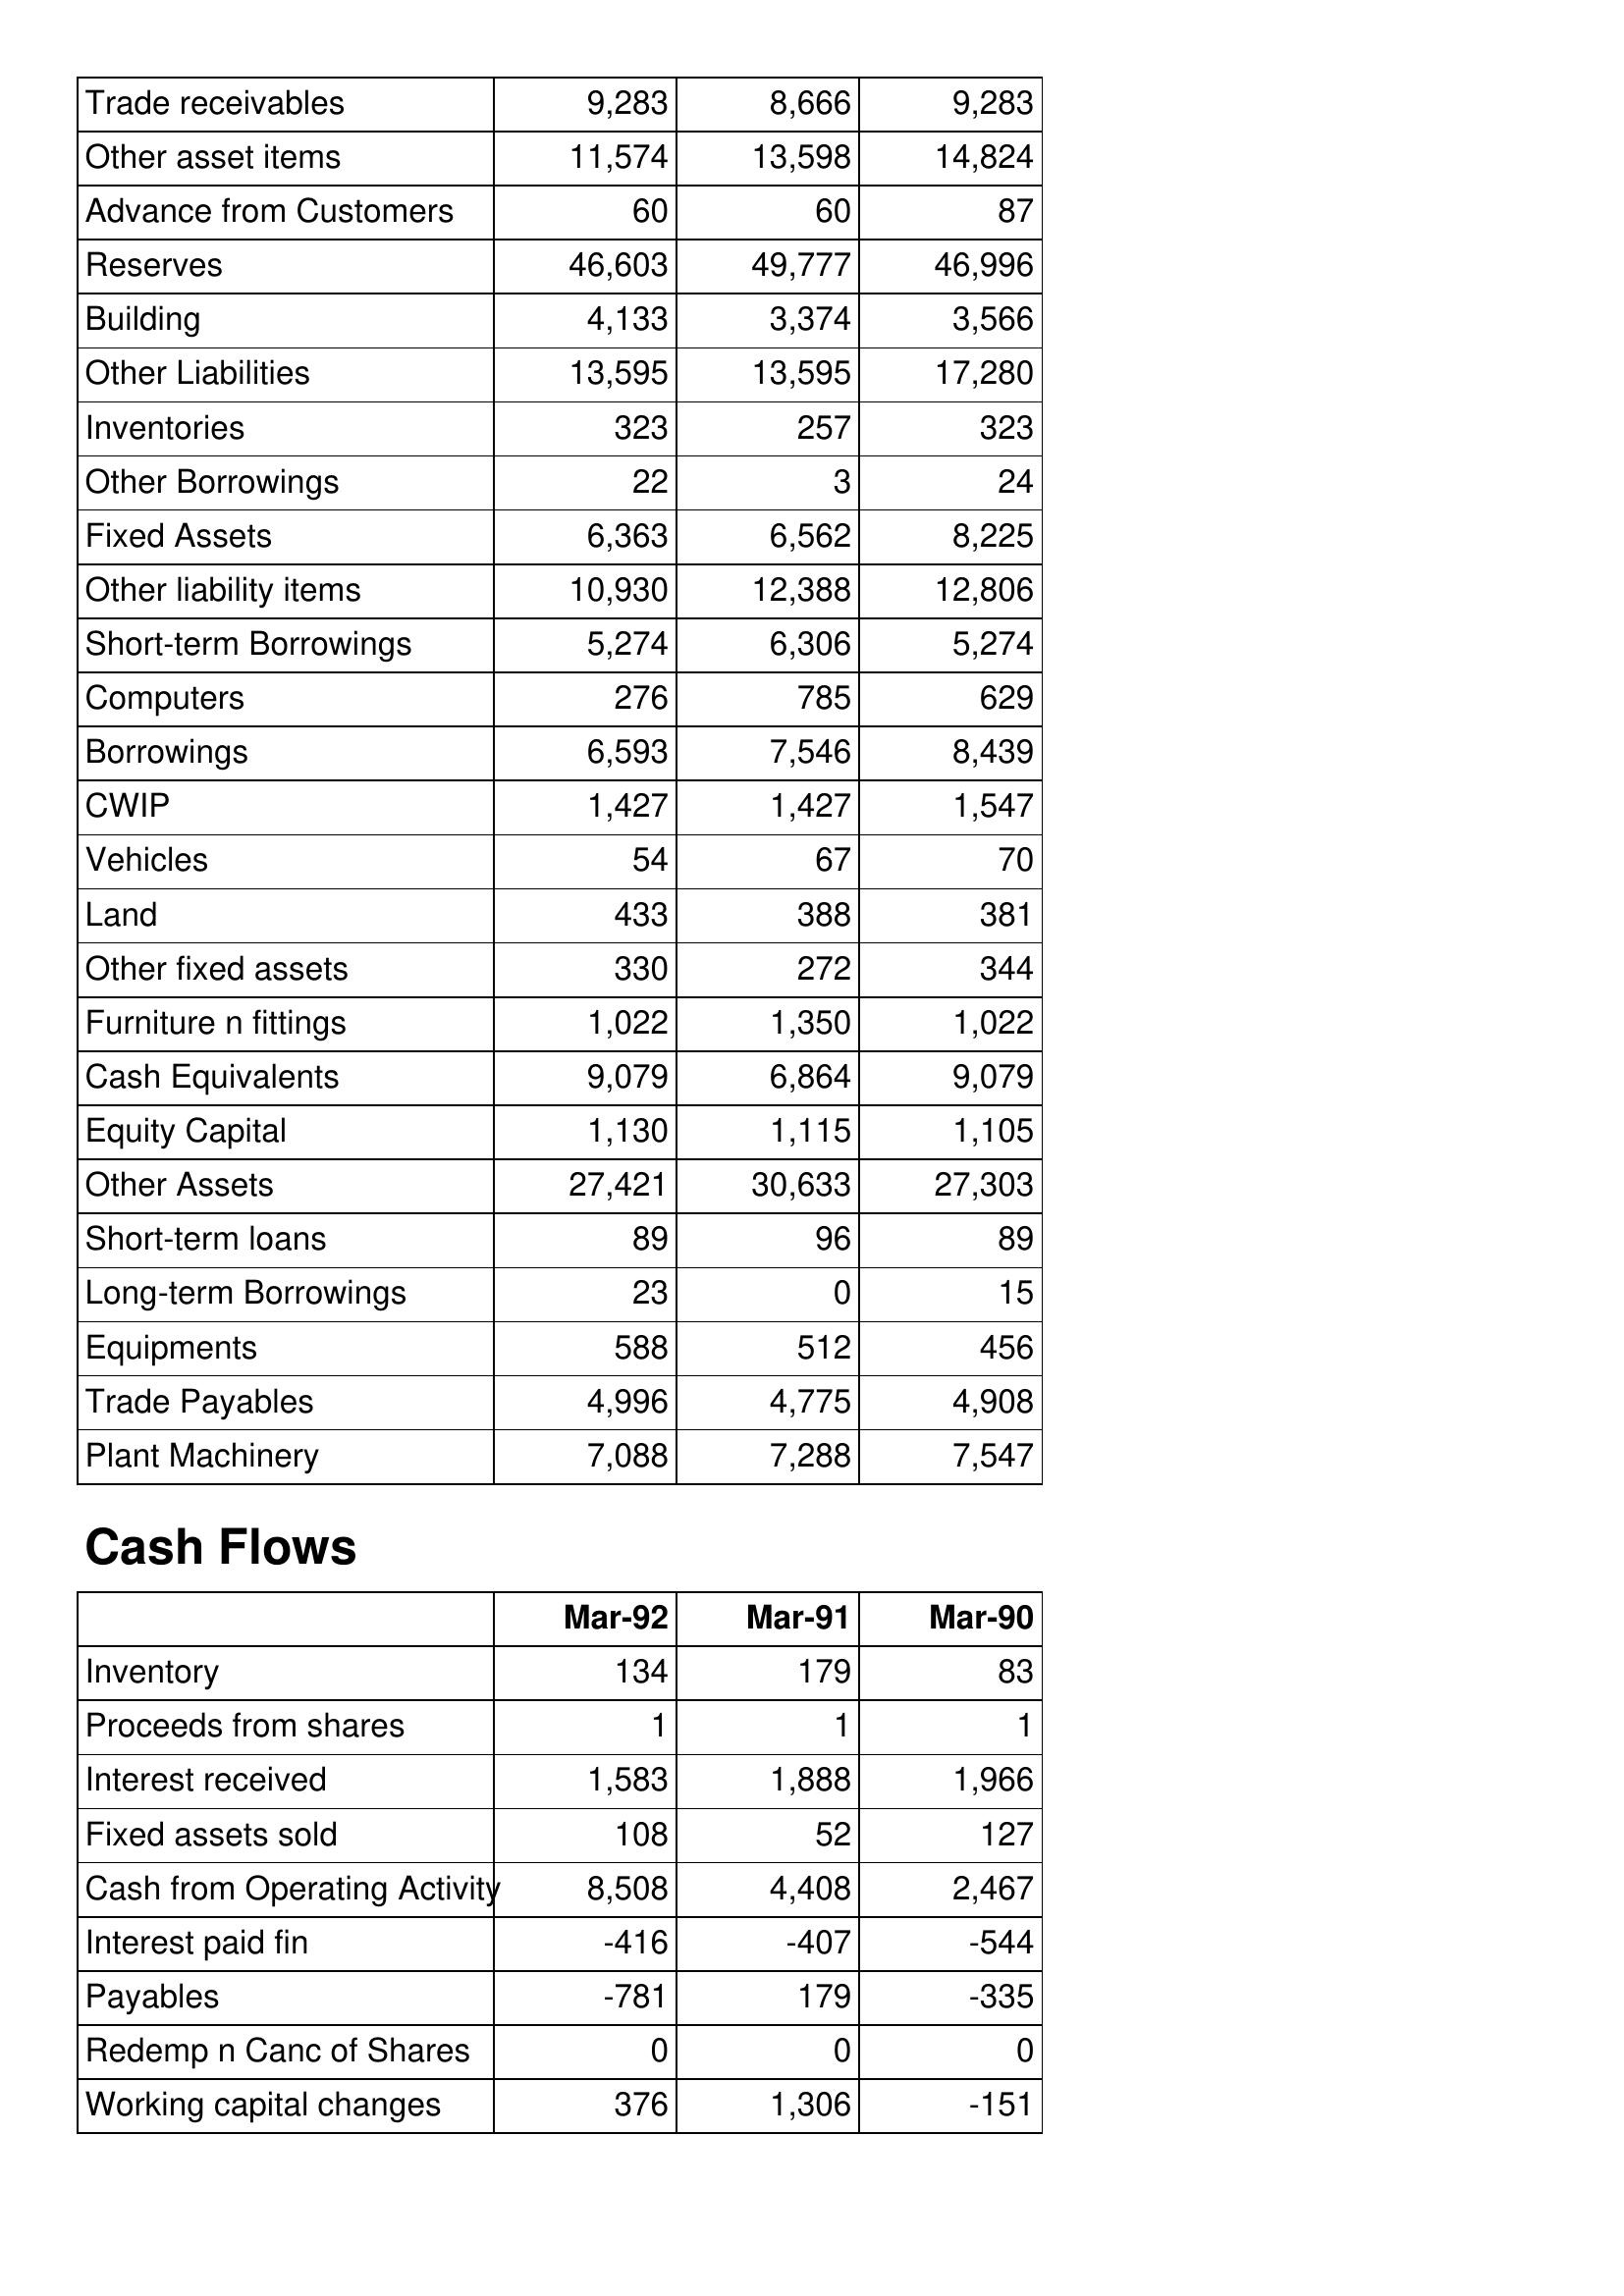
Mar-92: Balance Sheet: Trade receivables: 9,283
Other asset items: 11,574
Advance from Customers: 60
Reserves: 46,603
Building: 4,133
Other Liabilities: 13,595
Inventories: 323
Other Borrowings: 22
Fixed Assets: 6,363
Other liability items: 10,930
Short-term Borrowings: 5,274
Computers: 276
Borrowings: 6,593
CWIP: 1,427
Vehicles: 54
Land: 433
Other fixed assets: 330
Furniture n fittings: 1,022
Cash Equivalents: 9,079
Equity Capital: 1,130
Other Assets: 27,421
Short-term loans: 89
Long-term Borrowings: 23
Equipments: 588
Trade Payables: 4,996
Plant Machinery: 7,088
Cash Flows: Inventory: 134
Proceeds from shares: 1
Interest received: 1,583
Fixed assets sold: 108
Cash from Operating Activity: 8,508
Interest paid fin: -416
Payables: -781
Redemp n Canc of Shares: 0
Working capital changes: 376
Mar-91: Balance Sheet: Trade receivables: 8,666
Other asset items: 13,598
Advance from Customers: 60
Reserves: 49,777
Building: 3,374
Other Liabilities: 13,595
Inventories: 257
Other Borrowings: 3
Fixed Assets: 6,562
Other liability items: 12,388
Short-term Borrowings: 6,306
Computers: 785
Borrowings: 7,546
CWIP: 1,427
Vehicles: 67
Land: 388
Other fixed assets: 272
Furniture n fittings: 1,350
Cash Equivalents: 6,864
Equity Capital: 1,115
Other Assets: 30,633
Short-term loans: 96
Long-term Borrowings: 0
Equipments: 512
Trade Payables: 4,775
Plant Machinery: 7,288
Cash Flows: Inventory: 179
Proceeds from shares: 1
Interest received: 1,888
Fixed assets sold: 52
Cash from Operating Activity: 4,408
Interest paid fin: -407
Payables: 179
Redemp n Canc of Shares: 0
Working capital changes: 1,306
Mar-90: Balance Sheet: Trade receivables: 9,283
Other asset items: 14,824
Advance from Customers: 87
Reserves: 46,996
Building: 3,566
Other Liabilities: 17,280
Inventories: 323
Other Borrowings: 24
Fixed Assets: 8,225
Other liability items: 12,806
Short-term Borrowings: 5,274
Computers: 629
Borrowings: 8,439
CWIP: 1,547
Vehicles: 70
Land: 381
Other fixed assets: 344
Furniture n fittings: 1,022
Cash Equivalents: 9,079
Equity Capital: 1,105
Other Assets: 27,303
Short-term loans: 89
Long-term Borrowings: 15
Equipments: 456
Trade Payables: 4,908
Plant Machinery: 7,547
Cash Flows: Inventory: 83
Proceeds from shares: 1
Interest received: 1,966
Fixed assets sold: 127
Cash from Operating Activity: 2,467
Interest paid fin: -544
Payables: -335
Redemp n Canc of Shares: 0
Working capital changes: -151